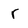
Character: r